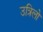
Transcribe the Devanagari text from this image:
उत्रिलो